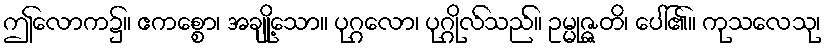
ဤလောက၌။ ဧကစ္စော၊ အချို့သော။ ပုဂ္ဂလော၊ ပုဂ္ဂိုလ်သည်။ ဥမ္မုဇ္ဇတိ၊ ပေါ်၏။ ကုသလေသု၊